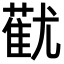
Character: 𬞓